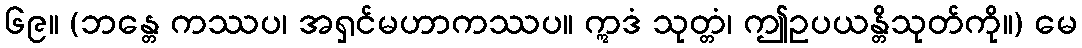
၆၉။ (ဘန္တေ ကဿပ၊ အရှင်မဟာကဿပ။ ဣဒံ သုတ္တံ၊ ဤဥပယန္တိသုတ်ကို။) မေ